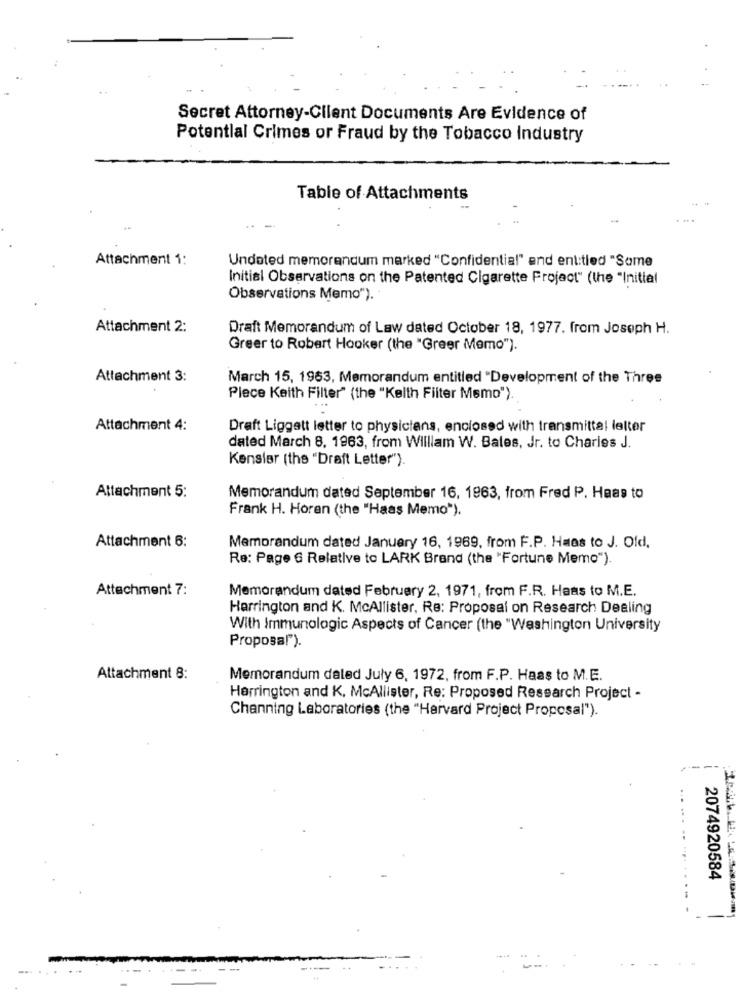
Secret Attorney-Client Documents Are Evidence of
Potential Crimes or Fraud by the Tobacco Industry
Table of Attachments
Attachment 1:
Undated memorandum marked "Confidential" and entitled "Some
Initial Observations on the Patented Cigarette Project" (the "Initial
Observations Memo").
Attachment 2:
Draft Memorandum of Law dated October 18, 1977. from Joseph H.
Greer to Robert Hooker (the "Greer Memo").
Attachment 3:
March 15, 1963, Memorandum entitled "Development of the Three
Plece Keith Filter" (the "Kelth Filter Memo").
Attachment 4:
Draft Liggatt letter to physicians, enclosed with transmittal letter
dated March 8. 1963, from William W. Bates, Jr. to Charles J.
Kenslar (the "Draft Letter").
Attachment 5:
Memorandum dated September 16, 1963, from Fred P. Haas to
Frank H. Horan (the "Haas Memo").
Attachment 6:
Memorandum dated January 16, 1969, from F.P. Haas to J. Old.
Re: Page 6 Relative to LARK Brand (the "Fortune Memo").
Attachment 7:
Memorandum dated February 2, 1971, from F.R. Haas to M.E.
Harrington and K. McAllister, Re: Proposal on Research Dealing
With Immunologic Aspects of Cancer (the "Washington University
Proposal").
Attachment 8:
Memorandum daled July 6, 1972, from F.P. Haas to M.E.
Harrington and K, McAllister, Re: Proposed Research Project -
Channing Laboratories (the "Harvard Project Proposal").
.. .
2074920584
--